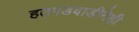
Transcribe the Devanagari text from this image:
हतगडवाडीनेही